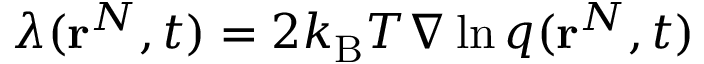
\boldsymbol { \lambda } ( \mathbf { r } ^ { N } , t ) = 2 k _ { \mathrm { B } } T \nabla \ln q ( \mathbf { r } ^ { N } , t )